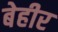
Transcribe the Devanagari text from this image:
बेहीर